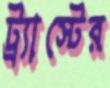
ট্র্যাস্টের